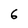
Character: 6